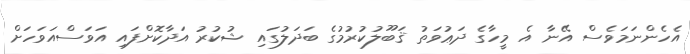
އެހެންނަމަވެސް އޭނާ އެ މީހާގެ ދަޢުވަތު ޤަބޫލުކުރުމުގެ ބަދަލުގައި ޝުކުރު އަދާކޮށްފައި އަވަސްއަވަހަށް